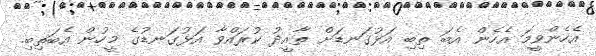
އެހެންވީމަ އެހެން އެބަ ތިބި އަޅުގަނޑަށް ތާއީދު ކުރައްވާ އަޅުގަނޑުގެ މީހުން އެބަތިބި.